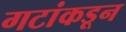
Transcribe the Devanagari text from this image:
गटांकडून